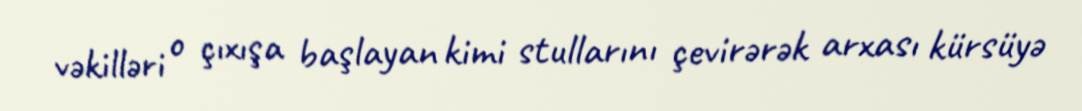
vəkilləri o çıxışa başlayan kimi stullarını çevirərək arxası kürsüyə